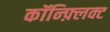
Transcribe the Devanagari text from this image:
कॉन्फ़्लिक्ट